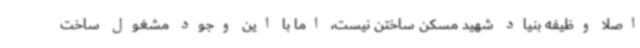
اصلا وظیفه بنیاد شهید مسکن ساختن نیست، اما با این وجود مشغول ساخت